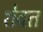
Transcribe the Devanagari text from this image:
शेवत